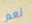
نعم